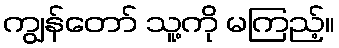
ကျွန်တော် သူ့ကို မကြည့်။